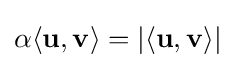
\alpha \langle \mathbf {u} ,\mathbf {v} \rangle =|\langle \mathbf {u} ,\mathbf {v} \rangle |